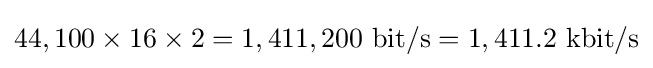
44,100\times 16\times 2=1,411,200\ {\text{bit/s}}=1,411.2\ {\text{kbit/s}}